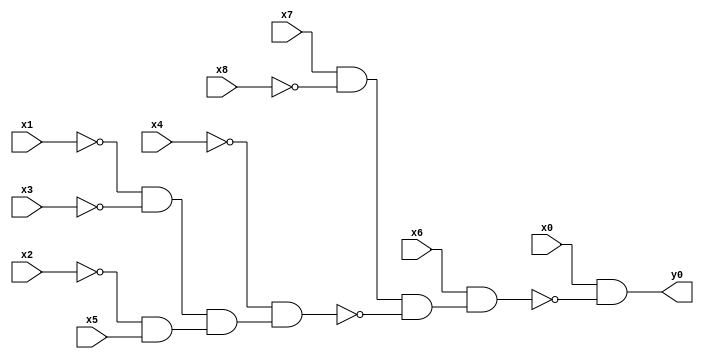
module top( x0 , x1 , x2 , x3 , x4 , x5 , x6 , x7 , x8 , y0 );
  input x0 , x1 , x2 , x3 , x4 , x5 , x6 , x7 , x8 ;
  output y0 ;
  wire n10 , n11 , n12 , n13 , n14 , n15 , n16 , n17 ;
  assign n10 = x7 & ~x8 ;
  assign n11 = ~x1 & ~x3 ;
  assign n12 = ~x2 & x5 ;
  assign n13 = n11 & n12 ;
  assign n14 = ~x4 & n13 ;
  assign n15 = n10 & ~n14 ;
  assign n16 = x6 & n15 ;
  assign n17 = x0 & ~n16 ;
  assign y0 = n17 ;
endmodule